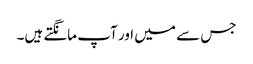
جس سے میں اور آپ مانگتے ہیں۔